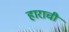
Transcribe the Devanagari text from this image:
हाराची